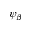
\psi _ { \beta }